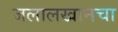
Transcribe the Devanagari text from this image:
जलालखानचा